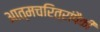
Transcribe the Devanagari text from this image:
आत्मचरित्रांपैकी